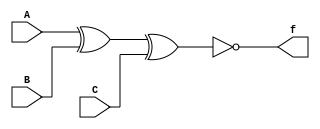
`timescale 1ns / 1ps

module XNORmodule(A, B, C, f);
	input A, B, C;
	output f;
	xnor xnoreGate1(f, A, B, C);

endmodule